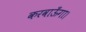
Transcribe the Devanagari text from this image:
करवाऊँगा।